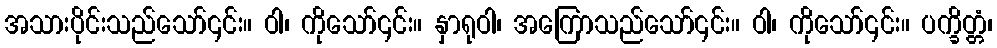
အသားပိုင်းသည်သော်၎င်း။ ဝါ၊ ကိုသော်၎င်း။ နှာရုဝါ၊ အကြောသည်သော်၎င်း။ ဝါ၊ ကိုသော်၎င်း။ ပက္ခိတ္တံ၊